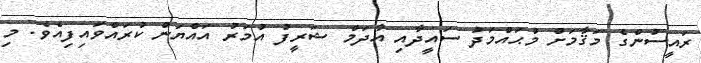
ރައީސުންގެ މަޤާމަށް މުޙައްމަދު ސައީދާއި އާދަމް ޝަރީފު އުމަރު އައްޔަން ކުރައްވައިފިއެވެ. މި